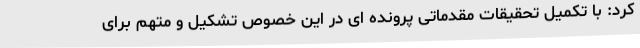
کرد: با تکمیل تحقیقات مقدماتی پرونده ای در این خصوص تشکیل و متهم برای